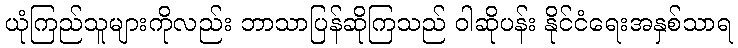
ယုံကြည်သူများကိုလည်း ဘာသာပြန်ဆိုကြသည် ဝါဆိုပန်း နိုင်ငံရေးအနှစ်သာရ